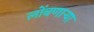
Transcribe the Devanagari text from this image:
लोंबणाऱ्या